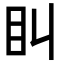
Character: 𥃧